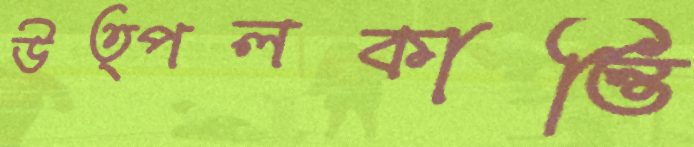
উত্পলকান্তি